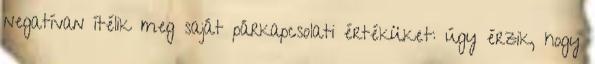
negatívan ítélik meg saját párkapcsolati értéküket: úgy érzik, hogy